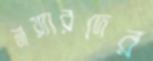
নয়্যারদের